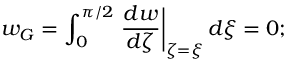
w _ { G } = \int _ { 0 } ^ { \pi / 2 } \left. \frac { d w } { d \zeta } \right| _ { \zeta = \xi } d \xi = 0 ;